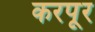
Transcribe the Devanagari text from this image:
करपूर